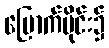
မြောက်ပိုင်း၌